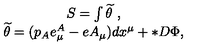
\begin{array} { c } { S = \int \widetilde { \theta } \ , } \\ { \widetilde { \theta } = ( p _ { A } e _ { \mu } ^ { A } - e A _ { \mu } ) d x ^ { \mu } + * D \Phi , } \\ \end{array}